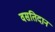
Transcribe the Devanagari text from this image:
वसतिदान